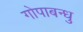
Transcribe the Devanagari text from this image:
गोपाबन्धु